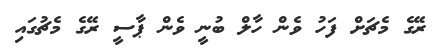
ރޭގެ މެޗަށް ފަހު ވެން ހާލް ބުނީ ވެން ޕާސީ ރޭގެ މެޗުގައި